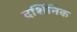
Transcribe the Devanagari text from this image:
दर्शिनिक